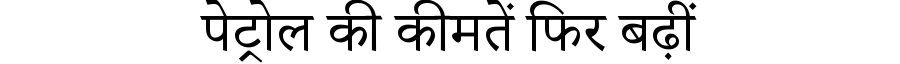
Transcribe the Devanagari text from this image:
पेट्रोल की कीमतें फिर बढ़ीं